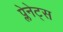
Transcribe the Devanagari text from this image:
प्लेनेट्स